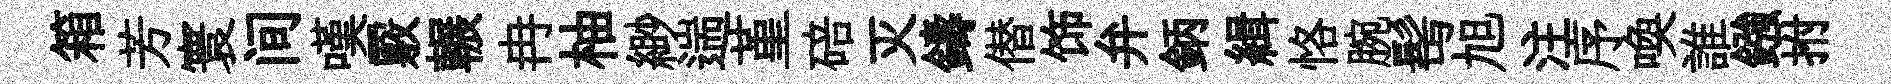
箱芳寰间嘆覈輾冉柚緲遄堇碚灭鑄僣饰弁鈵緝恪腕髩旭注序喚誰鏹拊